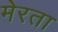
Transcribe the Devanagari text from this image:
मेरता